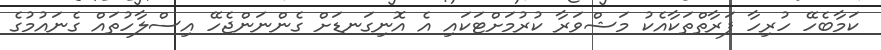
ކަމާބެހޭ ހުރިހާ ފަރާތްތަކާއެކު މަޝްވަރާ ކުރުމަށްޓަކައި އެ އޮނިގަނޑަށް ގެންނަންޖެހޭ އިސްލާހުތައް ގެނައުމުގެ